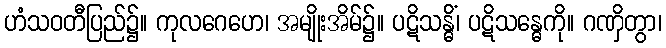
ဟံသဝတီပြည်၌။ ကုလဂေဟေ၊ အမျိုးအိမ်၌။ ပဋိသန္ဓိံ၊ ပဋိသန္ဓေကို။ ဂဏှိတွာ၊